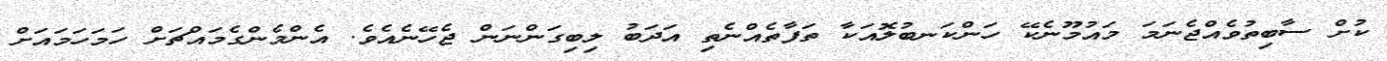
ކުށް ސާބިތުވެއްޖެނަމަ މައުމޫނެކޭ ހަންކަނބުލޮއަކާ ތަފާތެއްނެތި އަދަބު ލިބިގަންނަން ޖެހޭނެއެވެ. އެންމެންގެމައްޗަށް ހަމަހަމައަށް